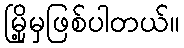
မြို့မှဖြစ်ပါတယ်။